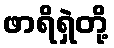
ဖာရိရှဲတို့